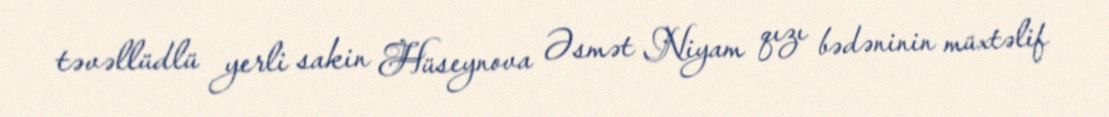
təvəllüdlü yerli sakin Hüseynova Əsmət Niyam qızı bədəninin müxtəlif